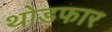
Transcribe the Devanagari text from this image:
थोडफार